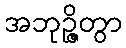
အဘုဉ္ဇိတွာ